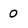
Character: 0